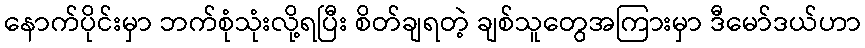
နောက်ပိုင်းမှာ ဘက်စုံသုံးလို့ရပြီး စိတ်ချရတဲ့ ချစ်သူတွေအကြားမှာ ဒီမော်ဒယ်ဟာ